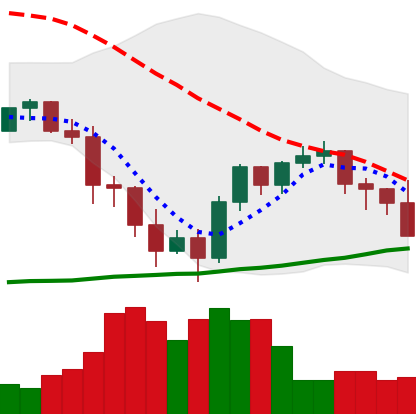
Ticker: BNB-USD
Chart end date: 2022-01-20
Forward return: -12.588%
Label: down_7plus